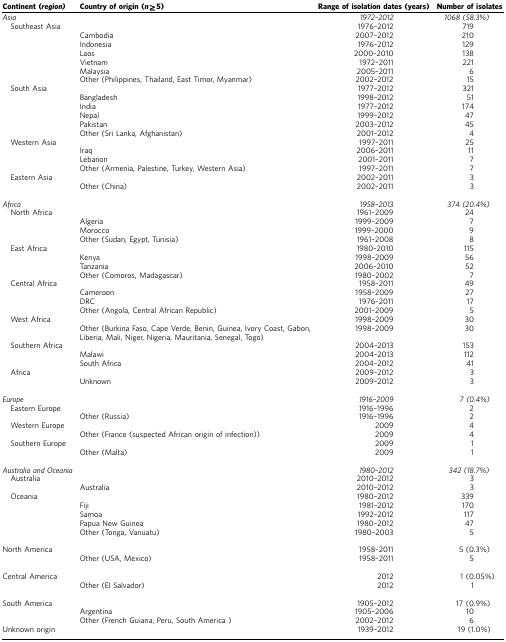
<table><thead><tr><td><b>Continent (<i>region)</i></b></td><td><b>Country of origin (<i>n</i>⩾5)</b></td><td><b>Range of isolation dates (years)</b></td><td><b>Number of isolates</b></td></tr></thead><tbody><tr><td><i>Asia</i></td><td> </td><td><i>1972–2012</i></td><td><i>1068 (58.3%)</i></td></tr><tr><td> Southeast Asia</td><td> </td><td>1976–2012</td><td>719</td></tr><tr><td> </td><td>Cambodia</td><td>2007–2012</td><td>210</td></tr><tr><td> </td><td>Indonesia</td><td>1976–2012</td><td>129</td></tr><tr><td> </td><td>Laos</td><td>2000–2010</td><td>138</td></tr><tr><td> </td><td>Vietnam</td><td>1972–2011</td><td>221</td></tr><tr><td> </td><td>Malaysia</td><td>2005–2011</td><td>6</td></tr><tr><td> </td><td>Other (Philippines, Thailand, East Timor, Myanmar)</td><td>2002–2012</td><td>15</td></tr><tr><td> South Asia</td><td> </td><td>1977–2012</td><td>321</td></tr><tr><td> </td><td>Bangladesh</td><td>1998–2012</td><td>51</td></tr><tr><td> </td><td>India</td><td>1977–2012</td><td>174</td></tr><tr><td> </td><td>Nepal</td><td>1999–2012</td><td>47</td></tr><tr><td> </td><td>Pakistan</td><td>2003–2012</td><td>45</td></tr><tr><td> </td><td>Other (Sri Lanka, Afghanistan)</td><td>2001–2012</td><td>4</td></tr><tr><td> Western Asia</td><td> </td><td>1997–2011</td><td>25</td></tr><tr><td> </td><td>Iraq</td><td>2006–2011</td><td>11</td></tr><tr><td> </td><td>Lebanon</td><td>2001–2011</td><td>7</td></tr><tr><td> </td><td>Other (Armenia, Palestine, Turkey, Western Asia)</td><td>1997–2011</td><td>7</td></tr><tr><td> Eastern Asia</td><td> </td><td>2002–2011</td><td>3</td></tr><tr><td> </td><td>Other (China)</td><td>2002–2011</td><td>3</td></tr><tr><td> </td><td> </td><td> </td><td> </td></tr><tr><td><i>Africa</i></td><td> </td><td><i>1958–2013</i></td><td><i>374 (20.4%)</i></td></tr><tr><td> North Africa</td><td> </td><td>1961–2009</td><td>24</td></tr><tr><td> </td><td>Algeria</td><td>1999–2009</td><td>7</td></tr><tr><td> </td><td>Morocco</td><td>1999–2000</td><td>9</td></tr><tr><td> </td><td>Other (Sudan, Egypt, Tunisia)</td><td>1961–2008</td><td>8</td></tr><tr><td> East Africa</td><td> </td><td>1980–2010</td><td>115</td></tr><tr><td> </td><td>Kenya</td><td>1998–2009</td><td>56</td></tr><tr><td> </td><td>Tanzania</td><td>2006–2010</td><td>52</td></tr><tr><td> </td><td>Other (Comoros, Madagascar)</td><td>1980–2002</td><td>7</td></tr><tr><td> Central Africa</td><td> </td><td>1958–2011</td><td>49</td></tr><tr><td> </td><td>Cameroon</td><td>1958–2009</td><td>27</td></tr><tr><td> </td><td>DRC</td><td>1976–2011</td><td>17</td></tr><tr><td> </td><td>Other (Angola, Central African Republic)</td><td>2001–2009</td><td>5</td></tr><tr><td> West Africa</td><td> </td><td>1998–2009</td><td>30</td></tr><tr><td> </td><td>Other (Burkina Faso, Cape Verde, Benin, Guinea, Ivory Coast, Gabon, Liberia, Mali, Niger, Nigeria, Mauritania, Senegal, Togo)</td><td>1998–2009</td><td>30</td></tr><tr><td> Southern Africa</td><td> </td><td>2004–2013</td><td>153</td></tr><tr><td> </td><td>Malawi</td><td>2004–2013</td><td>112</td></tr><tr><td> </td><td>South Africa</td><td>2004–2012</td><td>41</td></tr><tr><td> Africa</td><td> </td><td>2009–2012</td><td>3</td></tr><tr><td> </td><td>Unknown</td><td>2009–2012</td><td>3</td></tr><tr><td> </td><td> </td><td> </td><td> </td></tr><tr><td><i>Europe</i></td><td> </td><td><i>1916–2009</i></td><td><i>7 (0.4%)</i></td></tr><tr><td> Eastern Europe</td><td> </td><td>1916–1996</td><td>2</td></tr><tr><td> </td><td>Other (Russia)</td><td>1916–1996</td><td>2</td></tr><tr><td> Western Europe</td><td> </td><td>2009</td><td>4</td></tr><tr><td> </td><td>Other (France (suspected African origin of infection))</td><td>2009</td><td>4</td></tr><tr><td> Southern Europe</td><td> </td><td>2009</td><td>1</td></tr><tr><td> </td><td>Other (Malta)</td><td>2009</td><td>1</td></tr><tr><td> </td><td> </td><td> </td><td> </td></tr><tr><td><i>Australia and Oceania</i></td><td> </td><td><i>1980–2012</i></td><td><i>342 (18.7%)</i></td></tr><tr><td> Australia</td><td> </td><td>2010–2012</td><td>3</td></tr><tr><td> </td><td>Australia</td><td>2010–2012</td><td>3</td></tr><tr><td> Oceania</td><td> </td><td>1980–2012</td><td>339</td></tr><tr><td> </td><td>Fiji</td><td>1981–2012</td><td>170</td></tr><tr><td> </td><td>Samoa</td><td>1992–2012</td><td>117</td></tr><tr><td> </td><td>Papua New Guinea</td><td>1980–2012</td><td>47</td></tr><tr><td> </td><td>Other (Tonga, Vanuatu)</td><td>1980–2003</td><td>5</td></tr><tr><td> </td><td> </td><td> </td><td> </td></tr><tr><td>North America</td><td> </td><td>1958–2011</td><td>5 (0.3%)</td></tr><tr><td> </td><td>Other (USA, Mexico)</td><td>1958–2011</td><td>5</td></tr><tr><td> </td><td> </td><td> </td><td> </td></tr><tr><td>Central America</td><td> </td><td>2012</td><td>1 (0.05%)</td></tr><tr><td> </td><td>Other (El Salvador)</td><td>2012</td><td>1</td></tr><tr><td> </td><td> </td><td> </td><td> </td></tr><tr><td>South America</td><td> </td><td>1905–2012</td><td>17 (0.9%)</td></tr><tr><td> </td><td>Argentina</td><td>1905–2006</td><td>10</td></tr><tr><td> </td><td>Other (French Guiana, Peru, South America )</td><td>2002–2012</td><td>6</td></tr><tr><td>Unknown origin</td><td> </td><td>1939–2012</td><td>19 (1.0%)</td></tr></tbody></table>